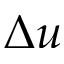
\Delta u